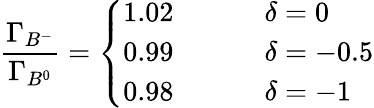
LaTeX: {\frac{\Gamma_{B^{-}}}{\Gamma_{B^{0}}}}=\left\{ \begin{array}{ll}{{1.02\; \; \; \; \; \; \; \; }}&{{\delta=0}}\\ {{0.99\; \; \; \; \; \; \; \; }}&{{\delta=-0.5}}\\ {{0.98}}&{{\delta=-1}}\end{array}\right.